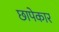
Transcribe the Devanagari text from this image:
छापेकार